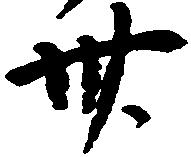
卅